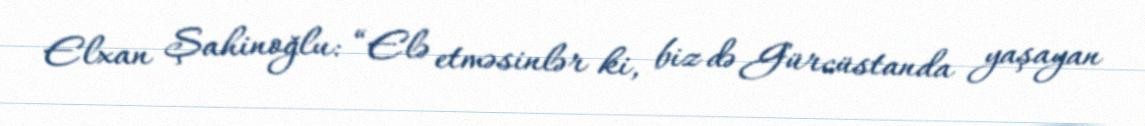
Elxan Şahinoğlu: “Elə etməsinlər ki, biz də Gürcüstanda yaşayan